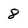
Character: 8